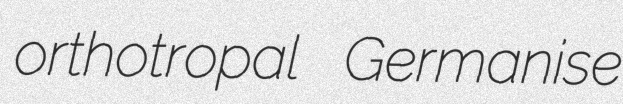
orthotropal Germanise